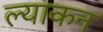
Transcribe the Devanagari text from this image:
ल्याकन